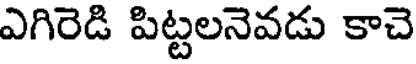
ఎగిరెడి పిట్టలనెవడు కాచె